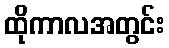
ထိုကာလအတွင်း